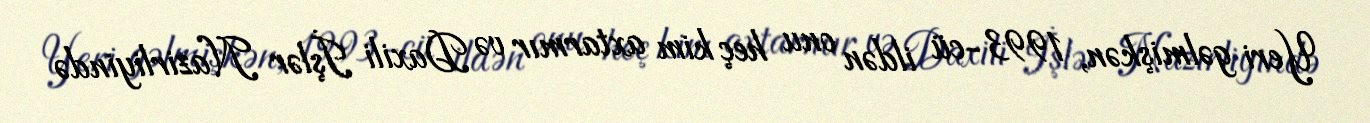
Yeri gəlmişkən, 1993-cü ildən onu heç kim axtarmır və Daxili İşlər Nazirliyində